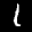
Label: 1